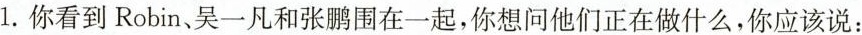
1.你看到Robin、吴一凡和张鹏围在一起，你想问他们正在做什么，你应该说：